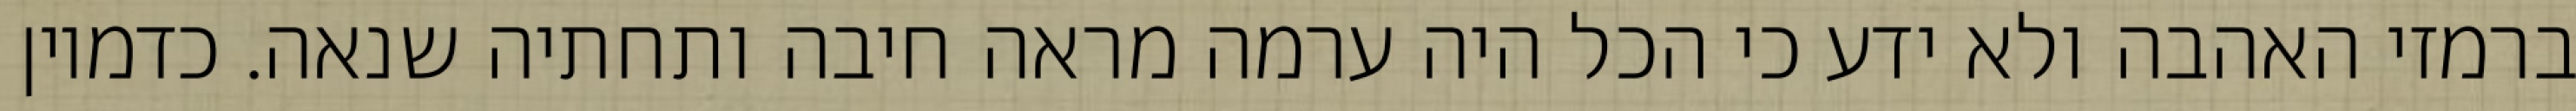
ברמזי האהבה ולא ידע כי הכל היה ערמה מראה חיבה ותחתיה שנאה. כדמיון